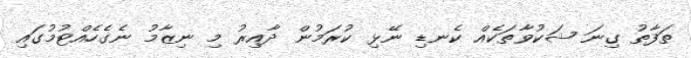
ތަފާތު ގިނަ ޝަކުވާތަކެއް ކެނޑި ނޭޅި ކުރަމުން ދާއިރު މި ނިޒާމު ނެގެހެއްޓުމުގައި